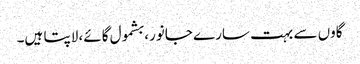
گاوں سے بہت سارے جانور، بشمول گائے، لاپتا ہیں۔